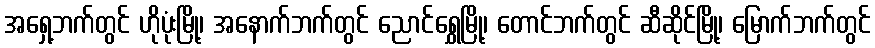
အရှေ့ဘက်တွင် ဟိုပုံးမြို့၊ အနောက်ဘက်တွင် ညောင်ရွှေမြို့၊ တောင်ဘက်တွင် ဆီဆိုင်မြို့၊ မြောက်ဘက်တွင်